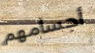
أجسامهم